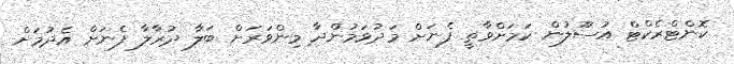
ކޮންޓްރެކްޓް އުސޫލުން ކަމަށްވާތީ ފެނަށް މަދުވަމުންދާ މިންވަރަށް ބަލާ ދުރާލާ ފެނަށް އެދުމަށް